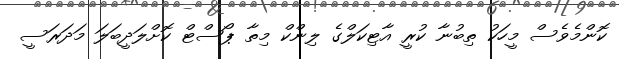
ކޮންމެވެސް މީހަކު ތިބުނާ ކުރީ އާޓިކަލްގެ ލިންކް މިތާ ޕޯސްޓް ކޮށްލަދީބަލަ މަދަރަސީ